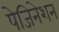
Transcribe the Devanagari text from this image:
पेजिनेशन